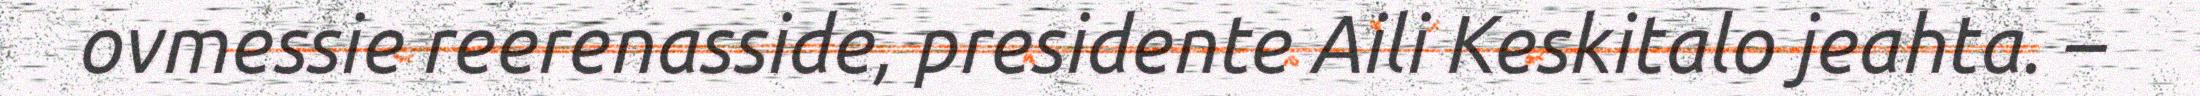
ovmessie reerenasside, presidente Aili Keskitalo jeahta. –